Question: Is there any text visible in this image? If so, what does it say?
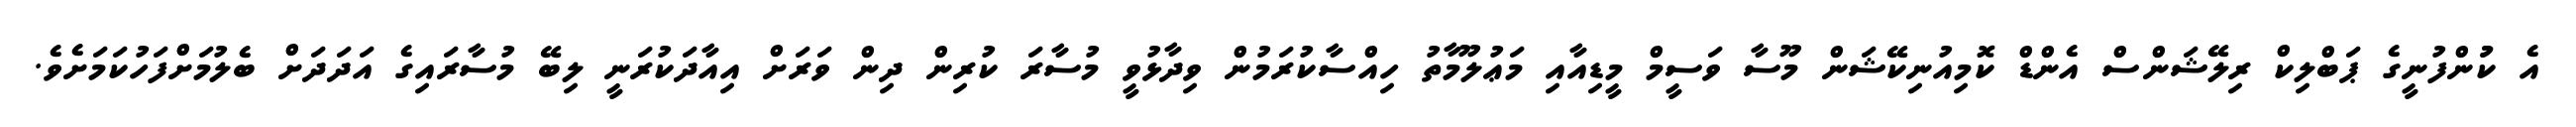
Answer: އެ ކުުންފުނީގެ ޕަބްލިކް ރިލޭޝަންސް އެންޑް ކޮމިއުނިކޭޝަން މޫސާ ވަސީމް މީޑިއާއި މަޢުލޫމާތު ހިއްސާކުރަމުން ވިދާޅުވީ މުސާރަ ކުރިން ދިން ވަރަށް އިއާދަކުރަނީ ލިބޭ މުސާރައިގެ އަދަދަށް ބެލުމަށްފަހުކަމަށެވެ.